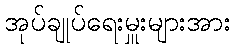
အုပ်ချုပ်ရေးမှူးများအား